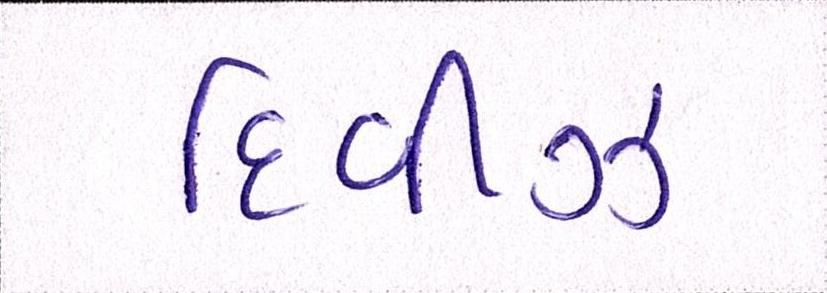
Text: દિવીઝ